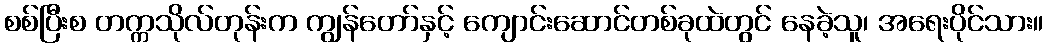
စစ်ပြီးစ တက္ကသိုလ်တုန်းက ကျွန်တော်နှင့် ကျောင်းဆောင်တစ်ခုထဲတွင် နေခဲ့သူ၊ အရေးပိုင်သား။